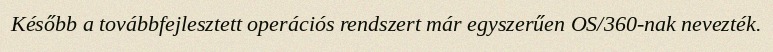
Később a továbbfejlesztett operációs rendszert már egyszerűen OS/360-nak nevezték.